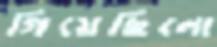
গিয়েছিলো